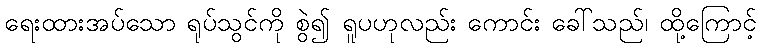
ရေးထားအပ်သော ရုပ်သွင်ကို စွဲ၍ ရူပဟုလည်း ကောင်း ခေါ်သည်၊ ထို့ကြောင့်